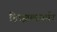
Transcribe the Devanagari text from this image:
हित्झल्स्पर्गर